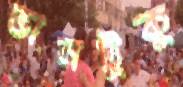
ভানটুকু